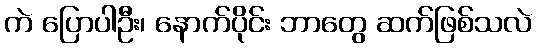
ကဲ ပြောပါဦး၊ နောက်ပိုင်း ဘာတွေ ဆက်ဖြစ်သလဲ